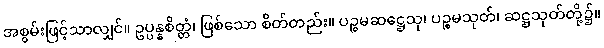
အစွမ်းဖြင့်သာလျှင်။ ဥပ္ပန္နစိတ္တံ၊ ဖြစ်သော စိတ်တည်း။ ပဉ္စမဆဋ္ဌေသု၊ ပဉ္စမသုတ်၊ ဆဋ္ဌသုတ်တို့၌။